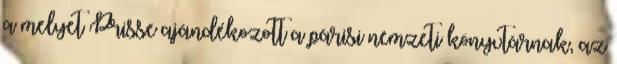
a melyet Prisse ajándékozott a párisi nemzeti könyvtárnak, az